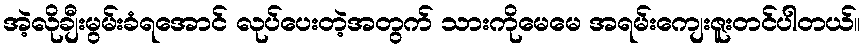
အဲ့လိုချီးမွမ်းခံရအောင် လုပ်ပေးတဲ့အတွက် သားကိုမေမေ အရမ်းကျေးဇူးတင်ပါတယ်။